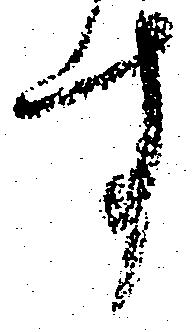
す